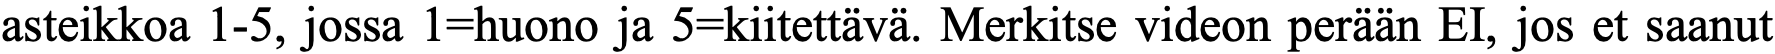
asteikkoa 1-5, jossa 1=huono ja 5=kiitettävä. Merkitse videon perään EI, jos et saanut